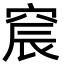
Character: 䆣